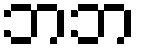
ဘဘ